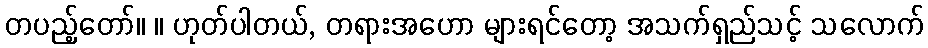
တပည့်တော်။ ။ ဟုတ်ပါတယ်, တရားအဟော များရင်တော့ အသက်ရှည်သင့် သလောက်